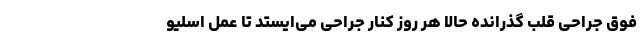
فوق‌ جراحی قلب گذرانده حالا هر روز کنار جراحی می‌ایستد تا عمل اسلیو